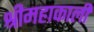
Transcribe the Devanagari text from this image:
श्रीमहाकाली